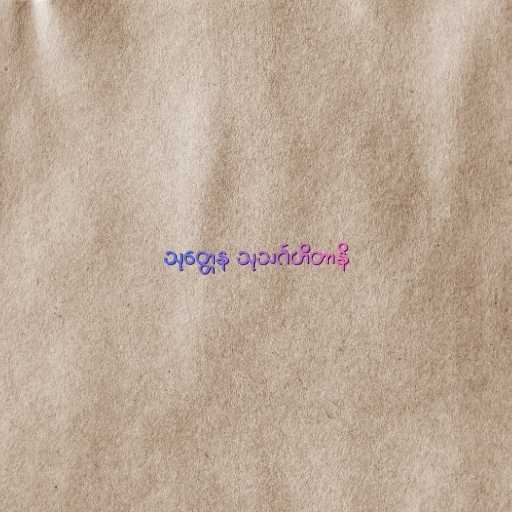
သုတ္တေန သုသင်္ဂဟိတာနိ